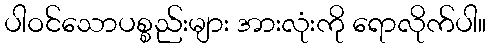
ပါဝင်သောပစ္စည်းများ အားလုံးကို ရောလိုက်ပါ။